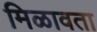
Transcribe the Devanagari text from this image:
मिळावता